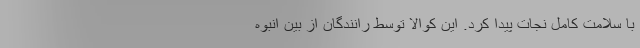
با سلامت کامل نجات پیدا کرد. این کوالا توسط رانندگان از بین انبوه